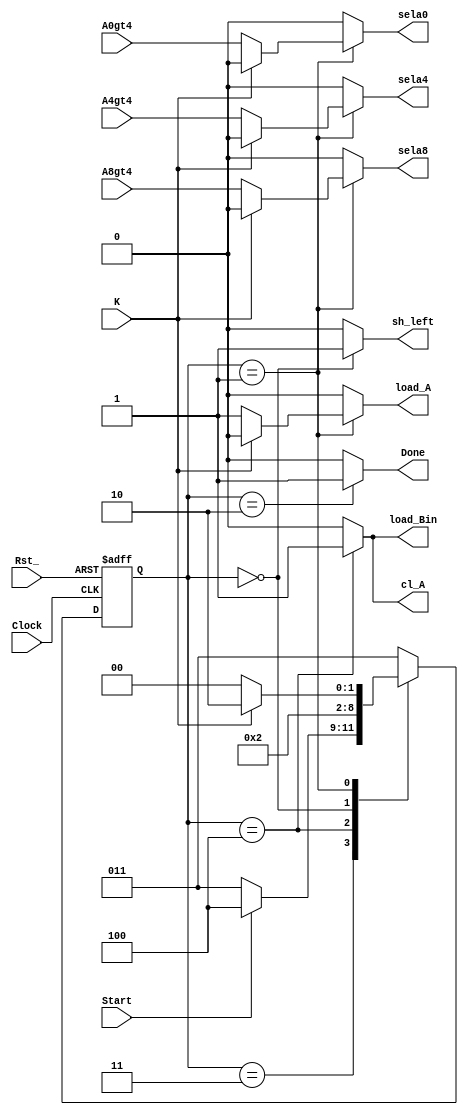
module bin2bcd_Ctl(
    input wire Rst_,
    input wire Clock,
    input wire Start,
    input wire A8gt4,
    input wire A4gt4,
    input wire A0gt4,
    input wire K,
    output reg sela8, sela4, sela0,
    output reg load_Bin, sh_left, load_A, Done, cl_A
);

reg [2:0] nextState;
reg [2:0] State;

parameter S00 = 3'b011, S0 = 3'b000, S1 = 3'b001, S2 = 3'b010, S3 =3'b111,
            S01 = 3'b100;
//Control signal logic
always @(*) begin
    load_Bin = 1'b0; sh_left = 1'b0; load_A = 1'b0; Done = 1'b0;
    sela0 = 1'b0; sela4 = 1'b0; sela8 = 1'b0; cl_A = 1'b0;
    case (State)
        S00:
            begin
                
            end
        S01:
            begin
                load_Bin = 1'b1; 
                cl_A = 1'b1;
            end
        S0:
            begin
                sh_left = 1'b1;
            end
        S1:
            begin
                if(K == 1'b0)
                begin
                    sela0 = A0gt4;
                    sela4 = A4gt4;
                    sela8 = A8gt4;
                    load_A = 1'b1;
                end
                else begin
                    
                end
            end
        S2:
            begin
                Done = 1'b1;
            end
        default: begin
            load_Bin = 1'b0; sh_left = 1'b0; load_A = 1'b0; Done = 1'b0;
            sela0 = 1'b0; sela4 = 1'b0; sela8 = 1'b0;
        end
    endcase
end

//Next state logic
always @(*) begin
    nextState = S00;
    case (State)
        S00:
            begin
                if(Start) nextState = S01; else nextState = S00;
            end
        S01:
            begin
                nextState = S0;
            end
        S0:
            begin
                nextState = S1;
            end
        S1:
            begin
                if(K == 1'b1) nextState = S2;
                else nextState = S0;
            end
        S2:
            begin
                nextState = S00; 
            end
        default: nextState = S00;
    endcase
end

//State register
always @(posedge Clock or negedge Rst_) begin
    if(!Rst_) State <= S00;
    else State <= nextState;
end
endmodule